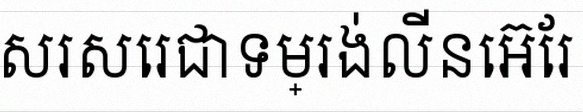
សរសេរជាទម្រង់លីនេអ៊ែរ